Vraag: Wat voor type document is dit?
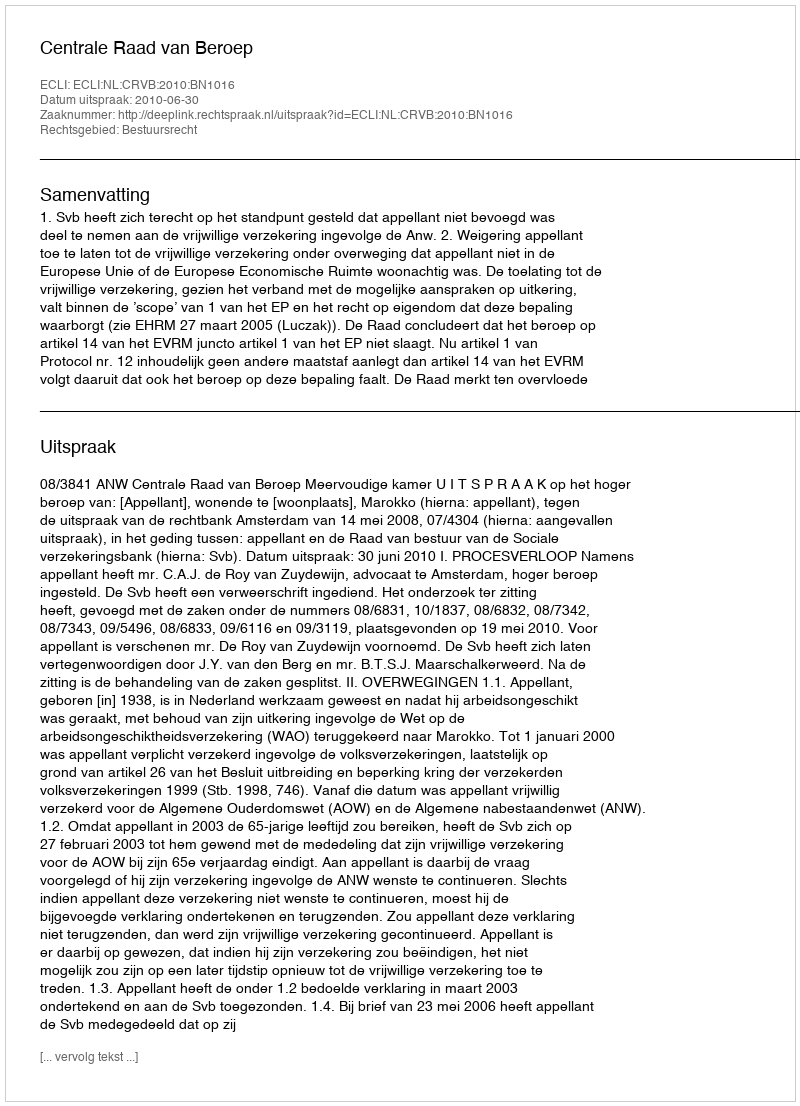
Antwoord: Uitspraak